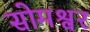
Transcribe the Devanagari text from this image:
सोमश्वर